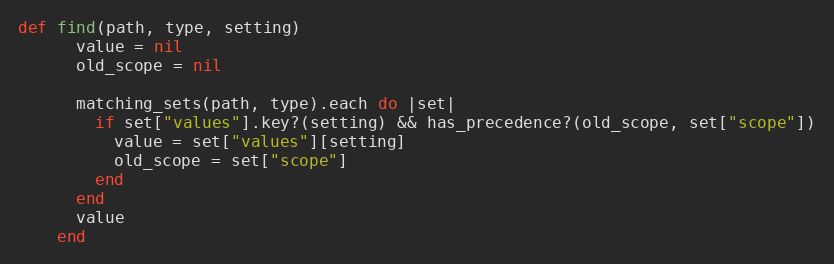
Language: Ruby
def find(path, type, setting)
      value = nil
      old_scope = nil

      matching_sets(path, type).each do |set|
        if set["values"].key?(setting) && has_precedence?(old_scope, set["scope"])
          value = set["values"][setting]
          old_scope = set["scope"]
        end
      end
      value
    end